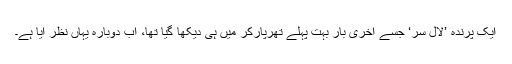
ایک پرندہ ’لال سر‘ جسے آخری بار بہت پہلے تھرپارکر میں ہی دیکھا گیا تھا، اب دوبارہ یہاں نظر آیا ہے۔